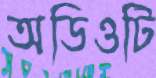
অডিওটি